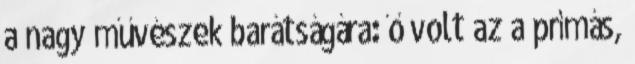
a nagy művészek barátságára: ő volt az a prímás,